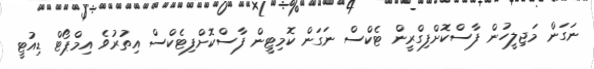
ނަގަން މަޖިލީހުން ފާސްކޮށްފިގްރީން ޓެކްސް ނަގަން ކޮމިޓީން ފާސްކޮށްފިޓެކްސް އިތުރުވެ އިމްޕޯޓް ޑިއުޓީ